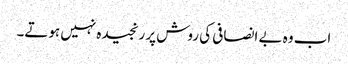
اب وہ بے انصافی کی روش پر رنجیدہ نہیں ہوتے۔